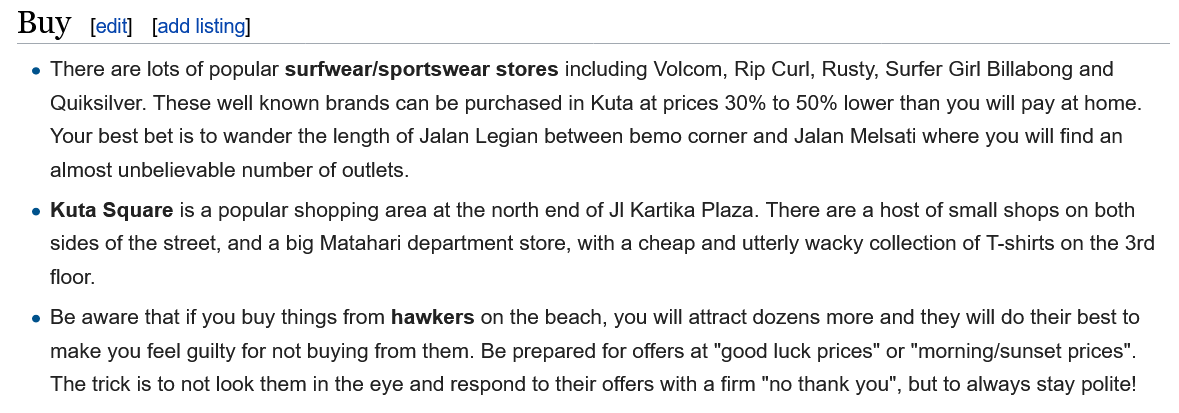
Buy    [edit] add listing]
   e There are lots of popular surfwear/sportswear stores including Volcom, Rip Curl, Rusty, Surfer Girl Billabong and
     Quiksilver. These well known brands can be purchased in Kuta at prices 30% to 50% lower than you will pay at home.
     Your best bet is to wander the length of Jalan Legian between bemo corner and Jalan Melsati where you will find an
     almost unbelievable number of outlets.
   e Kuta Square is a popular shopping area at the north end of JI Kartika Plaza. There are a host of small shops on both
     sides of the street, and a big Matahari department store, with a cheap and utterly wacky collection of T-shirts on the 3rd
     floor.
   e Be aware that if you buy things from hawkers on the beach, you will attract dozens more and they will do their best to
     make you feel guilty for not buying from them. Be prepared for offers at "good luck prices" or "morning/sunset prices”.
     The trick is to not look them in the eye and respond to their offers with a firm "no thank you", but to always stay polite!